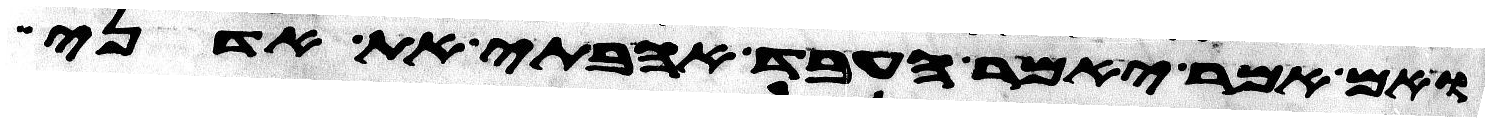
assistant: אם אמר יאמר העבד אהבתי את אדני